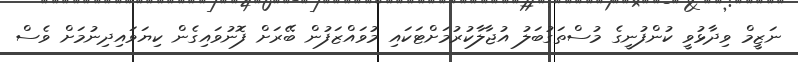
ނަޒީމް ވިދާޅުވީ ކުންފުނީގެ މުސްތަގުބަލު އުޖާލާކުރުމަށްޓަކައި މުވައްޒަފުން ބޭރަށް ފޮނުވައިގެން ކިޔަވައިދިނުމަށް ވެސް